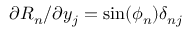
{ \partial R _ { n } } / { \partial y _ { j } } = \sin ( \phi _ { n } ) \delta _ { n j }